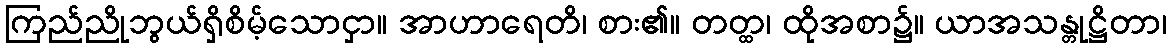
ကြည်ညိုဘွယ်ရှိစိမ့်သောငှာ။ အာဟာရေတိ၊ စား၏။ တတ္ထ၊ ထိုအစာ၌။ ယာအသန္တုဋ္ဌိတာ၊